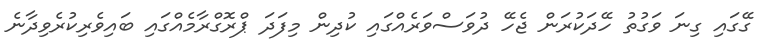
ގޭގައި ގިނަ ވަގުތު ހޭދަކުރަން ޖެހޭ ދުވަސްވަރެއްގައި ކުދިން މިފަދަ ޕްރޮގްރާމެއްގައި ބައިވެރިކުރެވިދާނެ